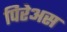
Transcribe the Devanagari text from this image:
पिरेअस